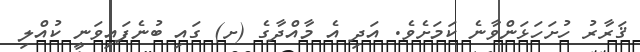
ޤަރާރު ހުށަހަޅަންވާނެ ކަމަށެވެ. އަދި އެ މާއްދާގެ (ށ) ގައި ބުނެފައިވަނީ ކުއްލި